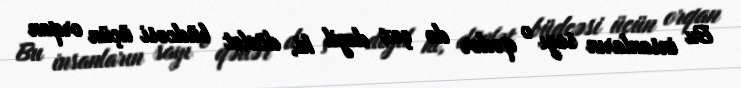
Bu insanların sayı o qədər də çox deyil ki, dövlət büdcəsi üçün orqan